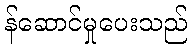
န်ဆောင်မှုပေးသည်